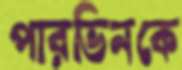
পারভিনকে